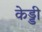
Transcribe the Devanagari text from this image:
केड्डी